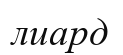
лиард